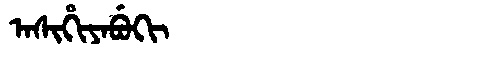
Manchu: ᠠᠰᡳᡥᡳᠶᠠᠪᡠᡴᡳ
Romanization: ASIHIYABUKI